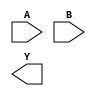
module box(
    (* invertible_pin="INV_A" *)
    input  wire [1:0] A,
    input  wire [1:0] B,

    output wire Y
);

    parameter [1:0] INV_A = 2'b00;

endmodule